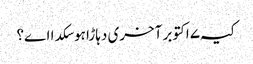
کیہ ۷ اکتوبر آخری دہاڑا ہوسکدا اے؟